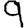
Digit: 9